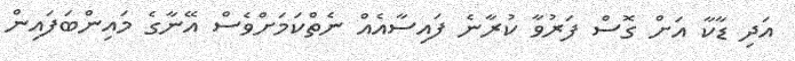
އަދި ޑާކާ އަށް ގޮސް ފަރުވާ ކުރާނެ ފައިސާއެއް ނެތްކަމަށްވެސް އޭނާގެ މައިންބަފައިން